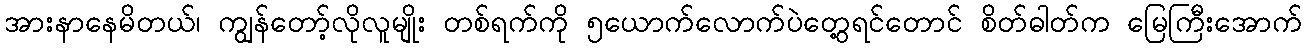
အားနာနေမိတယ်၊ ကျွန်တော့်လိုလူမျိုး တစ်ရက်ကို ၅ယောက်လောက်ပဲတွေ့ရင်တောင် စိတ်ဓါတ်က မြေကြီးအောက်